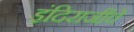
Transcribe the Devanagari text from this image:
इंदिराजींचे